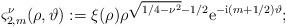
LaTeX: \begin{align*} \varsigma_{2,m}^{\nu}(\rho,\vartheta)&:= \xi(\rho)\rho^{\sqrt{1/4-\nu^2}-1/2} \mathrm{e}^{-\mathrm{i}(m+1/2)\vartheta};\end{align*}